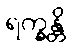
ရက္ခန္တိ